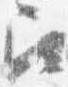
召